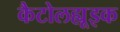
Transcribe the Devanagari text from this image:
कैटोलह्यूइक